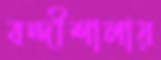
বন্দীশালায়